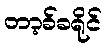
တာ့ခ်ခရိုင်